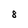
Character: 8